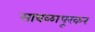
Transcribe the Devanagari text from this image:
सावळापूरकर